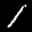
Label: 1